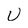
Character: U